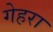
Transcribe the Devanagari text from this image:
गेहरा